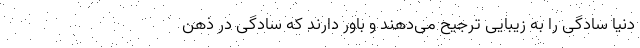
دنیا سادگی را به زیبایی ترجیح می‌دهند و باور دارند که سادگی در ذهن